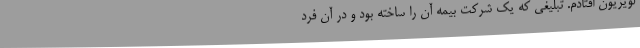
لویزیون افتادم. تبلیغی که یک شرکت بیمه آن را ساخته بود و در آن فرد